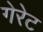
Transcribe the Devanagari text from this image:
गेरेट